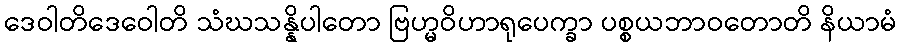
ဒေဝါတိဒေဝေါတိ သံဃသန္နိပါတော ဗြဟ္မဝိဟာရုပေက္ခာ ပစ္စယဘာဝတောတိ နိယာမံ